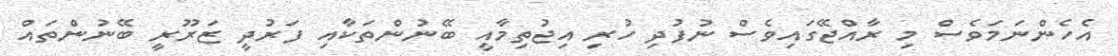
އެހެންނަމަވެސް މި ރާއްޖޭގައިވެސް ނުފުދި ހުރި އިޖުތިމާއީ ބޭނުންތަކާއި ފަރުދީ ޒަރޫރީ ބޭނުންތައް